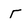
Character: r